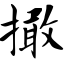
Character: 撖